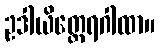
ဥဒါယိတ္ထေရဂါထာ။